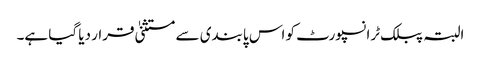
البتہ پبلک ٹرانسپورٹ کو اس پابندی سے مستثنیٰ قرار دیا گیا ہے۔